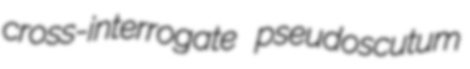
cross-interrogate pseudoscutum